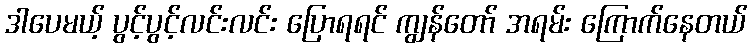
ဒါပေမယ့် ပွင့်ပွင့်လင်းလင်း ပြောရရင် ကျွန်တော် အရမ်း ကြောက်နေတယ်